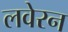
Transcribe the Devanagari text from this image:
लवेरन